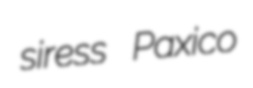
siress Paxico